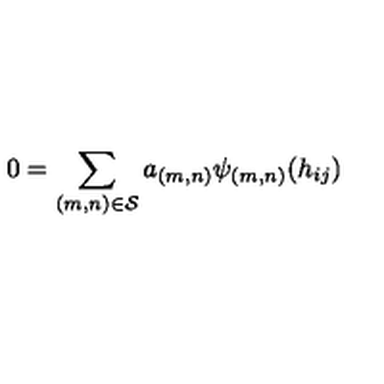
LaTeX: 0 = \sum _ { { ( m , n ) } \in { \cal S } } a _ { ( m , n ) } { \psi _ { ( m , n ) } } ( { h _ { i j } } )